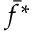
\bar { f } ^ { * }